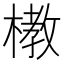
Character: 𪳞